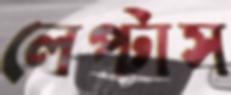
লেপ্‌টাস